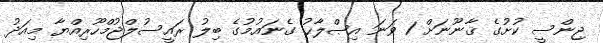
ޖިންސީ ކުށުގެ ޤާނޫނަށް 1 ވަނަ އިޞްލާޙު ގެނައުމުގެ ބިލު ރައީސުލްޖުމްހޫރިއްޔާ މިއަދު